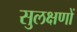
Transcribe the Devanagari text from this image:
सुलक्षणों